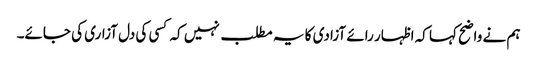
ہم نے واضح کہا کہ اظہار رائے آزادی کا یہ مطلب نہیں کہ کسی کی دل آزاری کی جائے۔